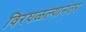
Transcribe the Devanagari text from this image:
विरघळल्यानंतर